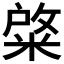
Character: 𮵺